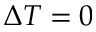
\Delta T = 0